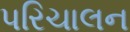
પરિચાલન